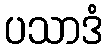
ပသာဒံ